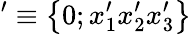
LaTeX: '\equiv\left\{ 0;x_{1}^{\prime}x_{2}^{\prime}x_{3}^{\prime}\right\}